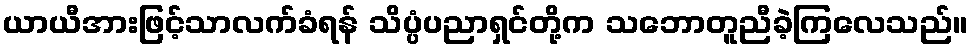
ယာယီအားဖြင့်သာလက်ခံရန် သိပ္ပံပညာရှင်တို့က သဘောတူညီခဲ့ကြလေသည်။